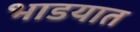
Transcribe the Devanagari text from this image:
भाडयात